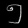
Digit: ၅